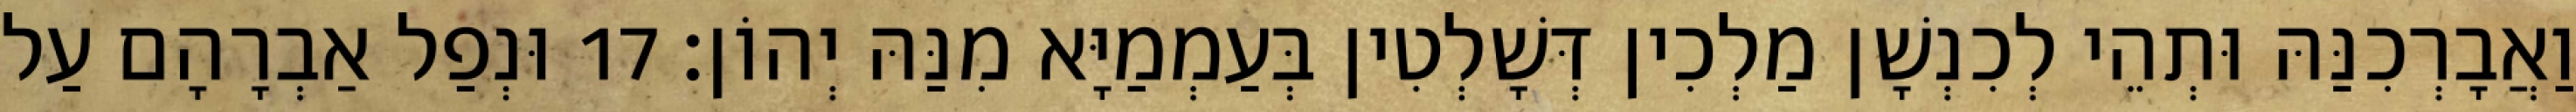
וַאֲבָרְכִנַּהּ וּתְהֵי לְכִנְשָׁן מַלְכִין דְּשָׁלְטִין בְּעַמְמַיָּא מִנַּהּ יְהוֹן׃ 17 וּנְפַל אַבְרָהָם עַל